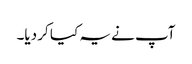
آپ نے یہ کیا کر دیا۔